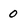
Character: 0